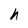
Character: h